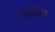
માઉથ